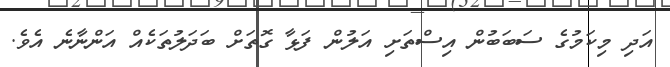
އަދި މިކަމުގެ ސަބަބުން އިސްތަށި އަލުން ފަޅާ ގޮތަށް ބަދަލުތަކެއް އަންނާނެ އެވެ.